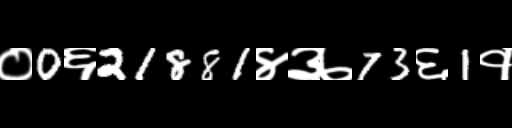
Text: ०0६21881४३७73६1१